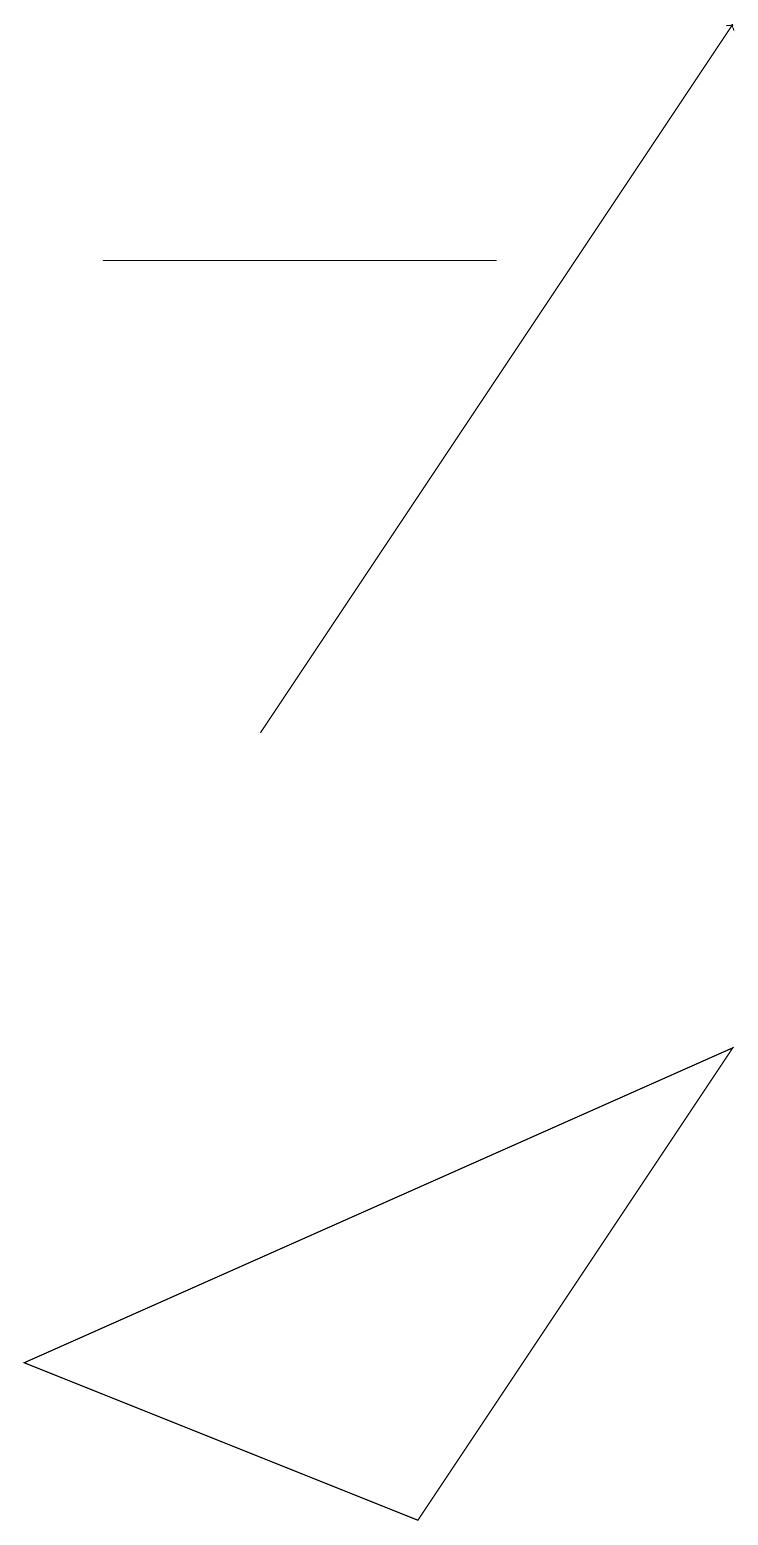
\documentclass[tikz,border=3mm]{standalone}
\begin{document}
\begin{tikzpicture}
\draw (1,16) rectangle (6,16);
\draw[->] (3,10) -- (9,19);
\draw (0,2) -- (9,6) -- (5,0) -- cycle;
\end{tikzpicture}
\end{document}